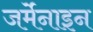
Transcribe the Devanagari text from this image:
जर्मेनाइन